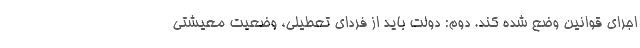
اجرای قوانین وضع شده کند. دوم: دولت باید از فردای تعطیلی، وضعیت معیشتی